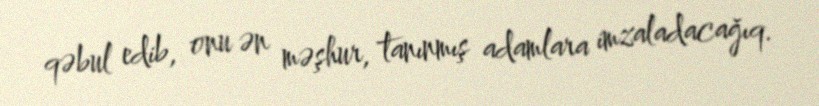
qəbul edib, onu ən məşhur, tanınmış adamlara imzaladacağıq.